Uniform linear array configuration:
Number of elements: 12
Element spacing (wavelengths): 0.5
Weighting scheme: kaiser
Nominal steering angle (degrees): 60
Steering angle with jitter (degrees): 60.723
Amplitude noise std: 0.05
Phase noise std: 0.05

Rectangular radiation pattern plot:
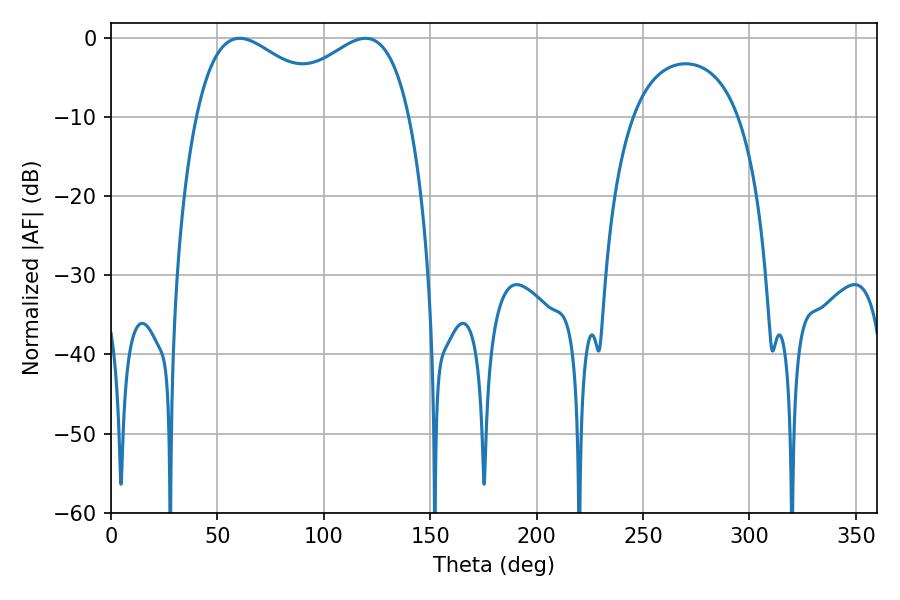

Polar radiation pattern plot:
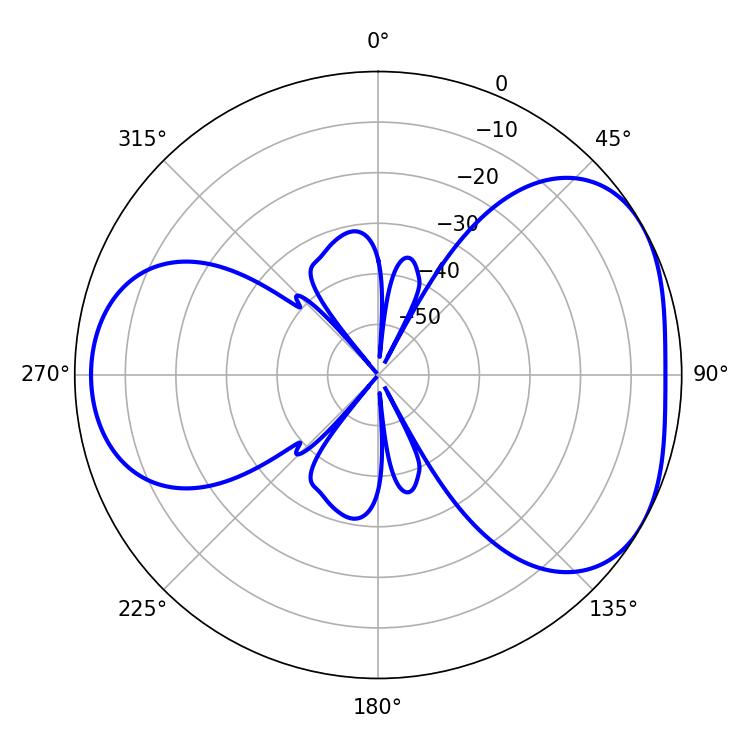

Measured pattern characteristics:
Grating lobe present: FALSE
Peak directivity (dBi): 4.281
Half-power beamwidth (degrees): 36.54
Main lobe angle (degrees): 60.48